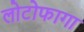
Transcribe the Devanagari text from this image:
लोटोफागा